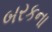
બરકના